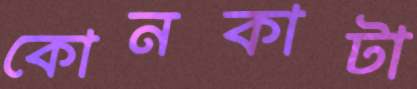
কোনকাটা